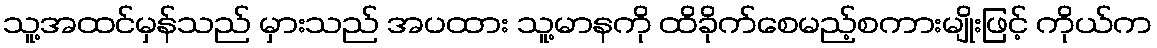
သူ့အထင်မှန်သည် မှားသည် အပထား သူ့မာနကို ထိခိုက်စေမည့်စကားမျိုးဖြင့် ကိုယ်က